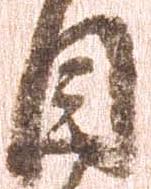
目